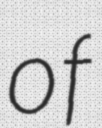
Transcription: of